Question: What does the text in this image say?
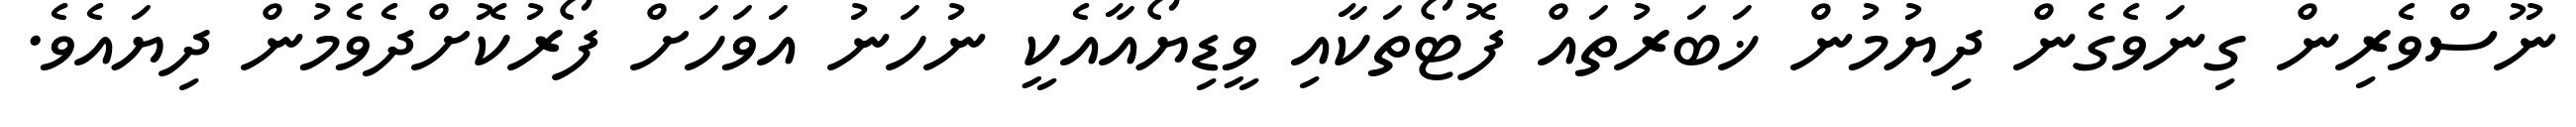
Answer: ނޫސްވެރިން ގިނަވެގެން ދިޔުމުން ޚަބަރުތައް ފޮޓޯތަކާއި ވީޑިޔޯއާއެކީ ނުހަނު އަވަހަށް ފޯރުކޮށްދެވެމުން ދިޔައެވެ.